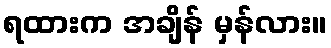
ရထားက အချိန် မှန်လား။